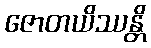
ဇောတယိဿန္တိ